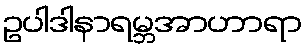
ဥပါဒါနာရမ္ဘအာဟာရာ